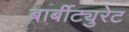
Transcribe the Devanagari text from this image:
बार्बीट्युरेट